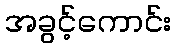
အခွင့်ကောင်း